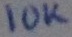
Text: 10K